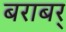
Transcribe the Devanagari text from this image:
बराबर्